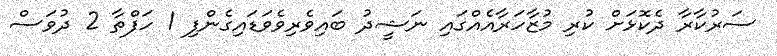
ސަރުކާރާ ދެކޮޅަށް ކުރި މުޒާހަރާއެއްގައި ނަޝީދު ބައިވެރިވެވަޑައިގެންފި 1 ހަފްތާ 2 ދުވަސް